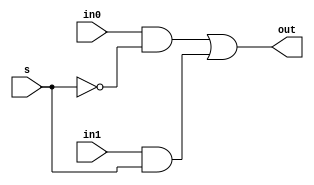
module mux_2(in0, in1, s, out);

    input in0, in1, s;
    output out;

    wire w1;
    and (w1, in1, s);

    wire z;
    not(z, s);

    wire w0;
    and (w0, in0, z);

    or (out, w0, w1);

endmodule